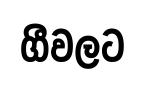
ගීවලට